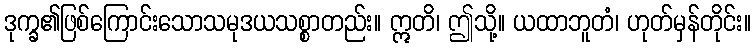
ဒုက္ခ၏ဖြစ်ကြောင်းသောသမုဒယသစ္စာတည်း။ ဣတိ၊ ဤသို့။ ယထာဘူတံ၊ ဟုတ်မှန်တိုင်း။